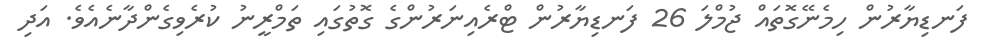
ފަނޑިޔާރުން ހިމެނޭގޮތައް ޖުމްލަ 26 ފަނޑިޔާރުން ޓްރެއިނަރުންގެ ގޮތުގައި ތަމްރީނު ކުރެވިގެންދާނެއެވެ. އަދި